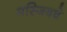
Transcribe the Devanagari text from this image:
मस्जिदचे